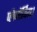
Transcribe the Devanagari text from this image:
प्लैनॉर्विस।